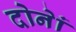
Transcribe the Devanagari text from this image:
दोनेां